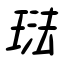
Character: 琺